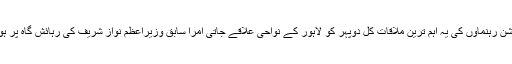
اپوزیشن رہنماوں کی یہ اہم ترین ملاقات کل دوپہر کو لاہور کے نواحی علاقے جاتی امرا سابق وزیراعظم نواز شریف کی رہائش گاہ پر ہوگی ۔